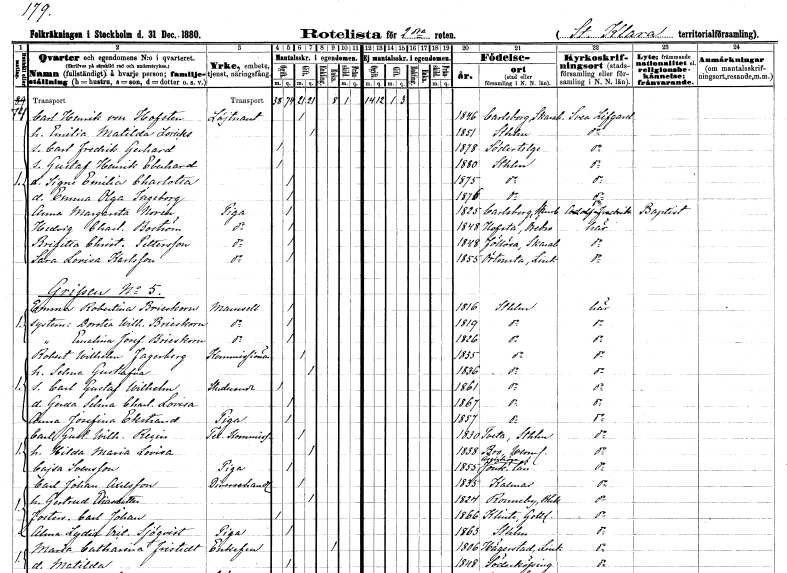
gt_parse: households: individuals: FN: Carl Henrik
EN: von Hofsten
YRKE: Löjtnant
KON: M
CIV: G
FODAR: 1846
FODFORS: Karlsborg Skaraborgs län
FN: Emilia Matilda
EN: Loricks
KON: K
CIV: G
FODAR: 1851
FODFORS: Stockholm
FN: Carl Fredrik Gerhard
KON: M
CIV: O
FODAR: 1878
FODFORS: Södertälje Stockholms län
FN: Gustaf Henrik Eberhard
KON: M
CIV: O
FODAR: 1880
FODFORS: Stockholm
FN: Signe Emilia Charlotta
KON: K
CIV: O
FODAR: 1875
FODFORS: Stockholm
FN: Emma Olga Ingeborg
KON: K
CIV: O
FODAR: 1876
FODFORS: Stockholm
FN: Anna Margareta
EN: Norén
YRKE: Piga
KON: K
CIV: O
FODAR: 1825
FODFORS: Karlsborg Skaraborgs län
FN: Hedvig Charlotta
EN: Boström
YRKE: Piga
KON: K
CIV: O
FODAR: 1848
FODFORS: Hovsta Örebro län
FN: Brigitta Christina
EN: Pettersson
YRKE: Piga
KON: K
CIV: O
FODAR: 1848
FODFORS: Fullösa Skaraborgs län
FN: Sara Lovisa
EN: Karlsson
YRKE: Piga
KON: K
CIV: O
FODAR: 1855
FODFORS: Örtomta Östergötlands län
FN: Emma Robertina
EN: Brieskorn
KON: K
CIV: O
FODAR: 1816
FODFORS: Stockholm
FN: Dorotea Wilhelmina
EN: Brieskorn
KON: K
CIV: O
FODAR: 1819
FODFORS: Stockholm
FN: Emalina Josefina
EN: Brieskorn
KON: K
CIV: O
FODAR: 1826
FODFORS: Stockholm
FN: Robert Wilhelm
EN: Fagerberg
YRKE: Kommissionär
KON: M
CIV: G
FODAR: 1835
FODFORS: Stockholm
FN: Selma Gustafva
KON: K
CIV: G
FODAR: 1836
FODFORS: Stockholm
FN: Carl Gustaf Wilhelm
YRKE: Studerande
KON: M
CIV: O
FODAR: 1861
FODFORS: Stockholm
FN: Gerda Selma Charlotta Lovisa
KON: K
CIV: O
FODAR: 1867
FODFORS: Stockholm
FN: Anna Josefina
EN: Ekstrand
YRKE: Piga
KON: K
CIV: O
FODAR: 1857
FODFORS: Stockholm
FN: Carl Gustaf Wilhelm
EN: Recin
YRKE: Telegrafkommissarie
KON: M
CIV: G
FODAR: 1830
FODFORS: Tveta Kalmar län
FN: Hilda Maria Lovisa
KON: K
CIV: G
FODAR: 1838
FODFORS: Bro Värmlands län
FN: Cajsa
EN: Svensson
YRKE: Piga
KON: K
CIV: O
FODAR: 1855
FODFORS: Åsenhöga Jönköpings län
FN: Carl Johan
EN: Axelsson
YRKE: Diversehandlare
KON: M
CIV: G
FODAR: 1835
FODFORS: Kalmar Kalmar län
FN: Gertrud
EN: Eliasdotter
KON: K
CIV: G
FODAR: 1824
FODFORS: Ronneby Blekinge län
FN: Carl Johan
KON: M
CIV: O
FODAR: 1866
FODFORS: Klinte Gotlands län
FN: Alma Lydia Victoria
EN: Sjöqvist
YRKE: Piga
KON: K
CIV: O
FODAR: 1863
FODFORS: Stockholm